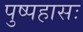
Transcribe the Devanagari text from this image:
पुष्पहासः